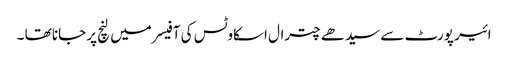
ائیر پورٹ سے سیدھے چترال اسکاوٹس کی آفیسر میں لنچ پر جانا تھا ۔